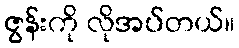
ဇွန်းကို လိုအပ်တယ်။